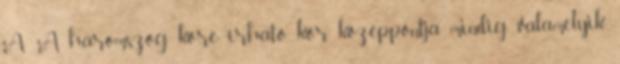
A: A háromszög köré írható kör középpontja mindig valamelyik